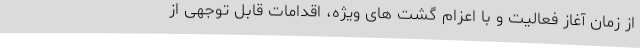
از زمان آغاز فعالیت و با اعزام گشت های ویژه، اقدامات قابل توجهی از